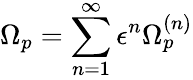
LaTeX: \Omega_{p}=\sum_{n=1}^{\infty}\epsilon^{n}\Omega_{p}^{(n)}